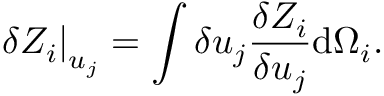
\left. \delta Z _ { i } \right| _ { u _ { j } } = \int \delta u _ { j } \frac { \delta Z _ { i } } { \delta u _ { j } } \mathrm { d } \Omega _ { i } .